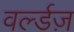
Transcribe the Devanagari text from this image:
वर्ल्डज़